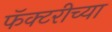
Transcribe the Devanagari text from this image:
फॅक्टरीच्या